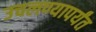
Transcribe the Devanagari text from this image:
उचलण्यापर्यंत